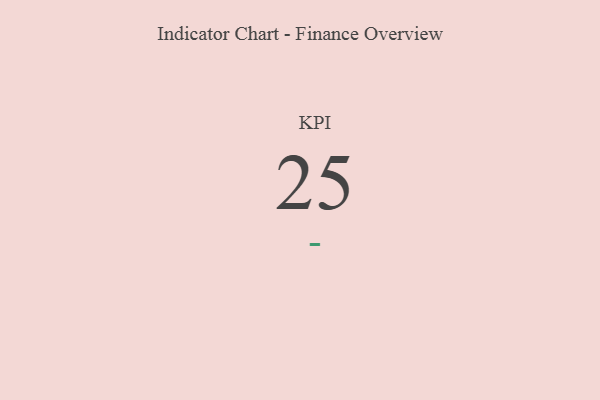
{"axis": {"x": "KPI", "y": "Value"}, "legend": [""], "data": [{"x": "KPI", "y": 25, "type": ""}]}